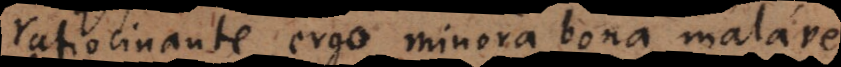
ratiocinante, ergo minora bona malave